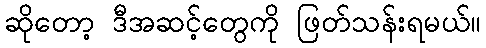
ဆိုတော့ ဒီအဆင့်တွေကို ဖြတ်သန်းရမယ်။